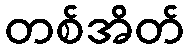
တစ်အိတ်